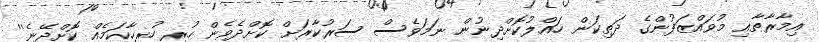
އިމާރާތާއި މުވައްޒަފުންގެ ދަތިކަން ހައްލުކޮށްދިނުން ނަމަވެސް ސަރުކާރަށް ކޮށްދެވެން ހުރި ހުރިހާކަމެއް ކޮށްދޭނެ''